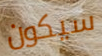
سيكون